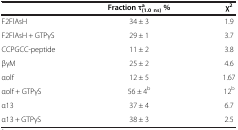
<table><thead><tr><td><b> </b></td><td><b>Fraction τ<sub>(1.0 ns)</sub><sup>a </sup>%</b></td><td><b>χ<sup>2</sup></b></td></tr></thead><tbody><tr><td>F2FlAsH</td><td>34 ± 3</td><td>1.9</td></tr><tr><td>F2FlAsH + GTPγS</td><td>29 ± 1</td><td>3.7</td></tr><tr><td>CCPGCC-peptide</td><td>11 ± 2</td><td>3.8</td></tr><tr><td>βγM</td><td>25 ± 2</td><td>4.6</td></tr><tr><td>αolf</td><td>12 ± 5</td><td>1.67</td></tr><tr><td>αolf + GTPγS</td><td>56 ± 4<sup>b</sup></td><td>12<sup>b</sup></td></tr><tr><td>α13</td><td>37 ± 4</td><td>6.7</td></tr><tr><td>α13 + GTPγS</td><td>38 ± 3</td><td>2.5</td></tr></tbody></table>